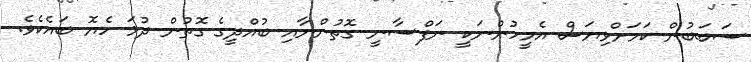
ސަބަބުން ކަމަށްވިޔަސް އެމީހުންނަކީ ނަފްސާނީ ގޮތުންނާއި ބުއްދީގެ ގޮތުން ދުޅަ ހެޔޮ ބައެކެވެ.